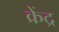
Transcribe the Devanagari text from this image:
क्रेंद्र